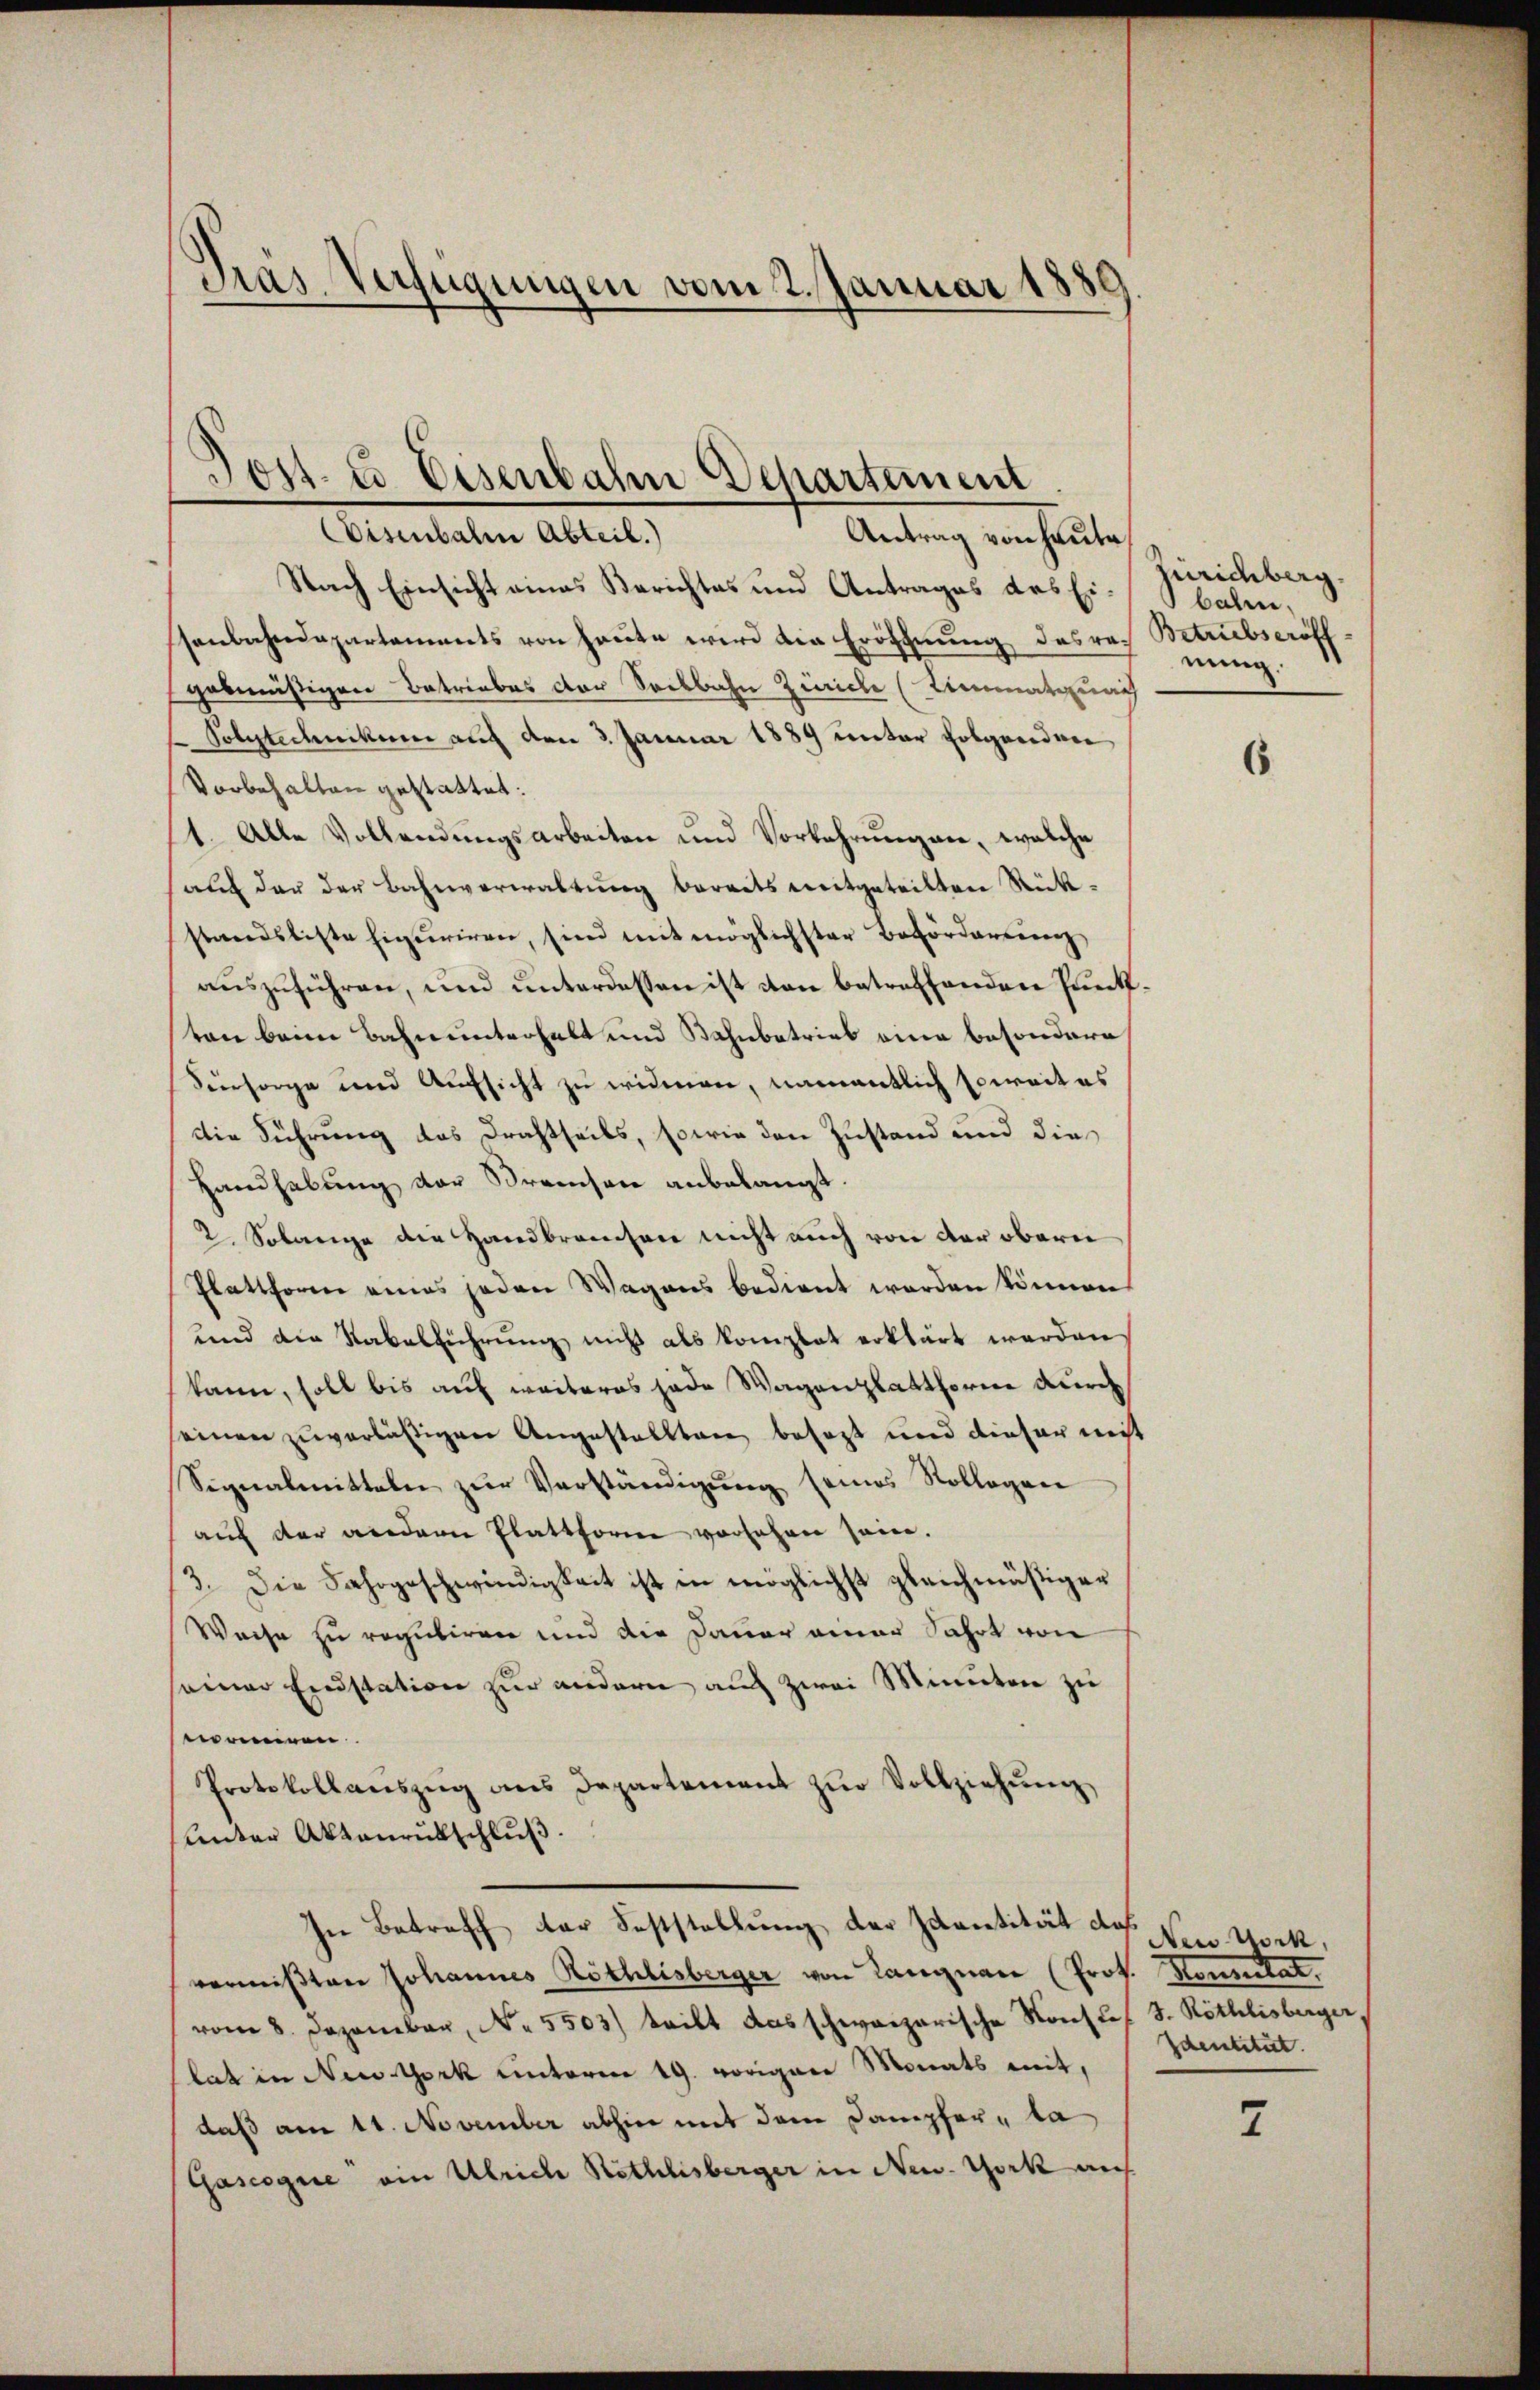
Gras Verfügungen vom 2. Januar 1889

Jost & Eisenbahn Departement
Eisenbale Abteil.)
Antrag von heute

Nach Einsicht eines Berichtes und Antrages des Ei-balm,
senbahndepartements von heute wird die Eröffnung desrech Betriebseröffgabmäßigen Betriebes der Sockbahn Zürich (Amatquais
Polytechnikum auf den 3. Januar 1889 unter folgenden
Vorbehalten gestattet:
1. Alle Vollendungsarbeiten und Vorkehrungen, welche
auch der der Bahnverwaltung bereits mitgeteilten Rückstandsliste figuriren, sind mit möglichster Beförderrung
auszuführen, und unterdessen ist von betreffenden Punkton beim Bahnunterhalt und Bahnbetrieb eine besondere
Versorge und Aufsicht zu widmen, namentlich soweit es
die Führung das Drahtseits, sowie den Zustand und die¬
Handhabung der Preisen anbelangt.
2. Solange die Handbranchen nicht auch von der obern
Plattform eines jeden Wagens bedient worden können
und die Rabelführung nicht als komplet erklärt werden
kann, soll bis auf weiteres jede Wagen glatthorne durch
seinen zuverläßigen Angestallten besagt und dieser nicht
Signalmitteln zŭr Verständigŭng seines Kollegen
auf der andern Plattform vorsehen sein.
3. Die Fahrgeschwindigkeit ist in möglichst gleichmäßiger
Wache zu reguliren und die Dauer einer Fahrt von
seiner Einstation zur andern auch zwei Minuten zu
momen
Protokollanszŭg ans Departement zŭr Vollziehŭng
hunter Aktenrütschluß.
In Betreff der Feststellung der Zuantität der New York,
vermißten Johannes Röthlisberger von Langnau (Prof. Sonntat,
vom 8. Dezember, N. 5503) teilt das schweizerische Konstes S. Röthlisberger,
lat in New York unterm 19. vorigen Monats mit,
daß am 11. November abhin mit dem Dampfer - la
Gascognie ein Ulriche Röthlisberger in New-York auf

Zürichberg.
nung.

6

Identität.

7